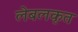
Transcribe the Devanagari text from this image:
लेबलकृत